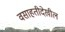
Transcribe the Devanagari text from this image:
वसाहतीदेखील